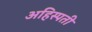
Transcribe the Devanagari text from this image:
अहिस्पती